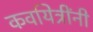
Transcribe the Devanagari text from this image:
कवयित्रींनी